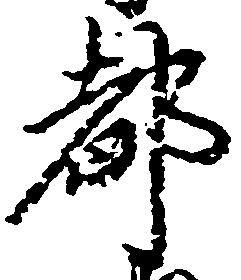
都